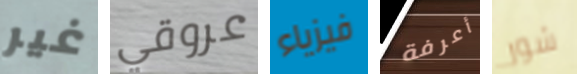
غير عروقي فيزياء أعرفة شور